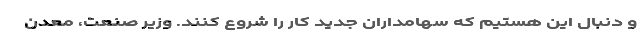
و دنبال این هستیم که سهامداران جدید کار را شروع کنند. وزیر صنعت، معدن